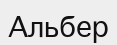
Альбер